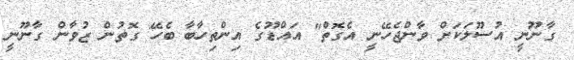
ގާނޫނީ އުސޫލަކަށް ވާންޖެހޭނީ އެގޮތް" އައްޑޫގެ އިންތިހާބާ ބެހޭ ގޮތުން ޒުވާން ގާނޫނީ